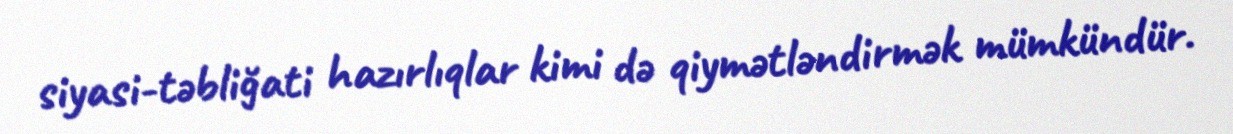
siyasi-təbliğati hazırlıqlar kimi də qiymətləndirmək mümkündür.